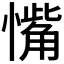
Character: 𪬰